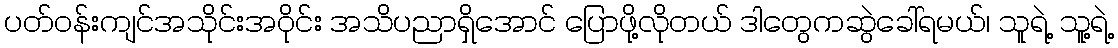
ပတ်ဝန်းကျင်အသိုင်းအဝိုင်း အသိပညာရှိအောင် ပြောဖို့လိုတယ် ဒါတွေကဆွဲခေါ်ရမယ်၊ သူရဲ့ သူ့ရဲ့